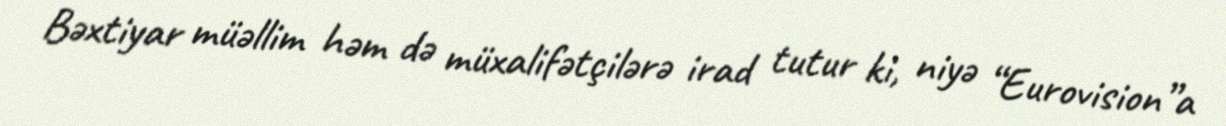
Bəxtiyar müəllim həm də müxalifətçilərə irad tutur ki, niyə “Eurovision”a